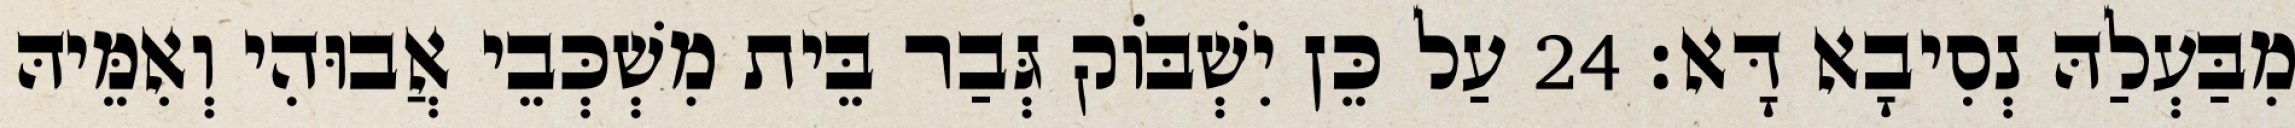
מִבַּעְלַהּ נְסִיבָא דָּא׃ 24 עַל כֵּן יִשְׁבּוֹק גְּבַר בֵּית מִשְׁכְּבֵי אֲבוּהִי וְאִמֵּיהּ